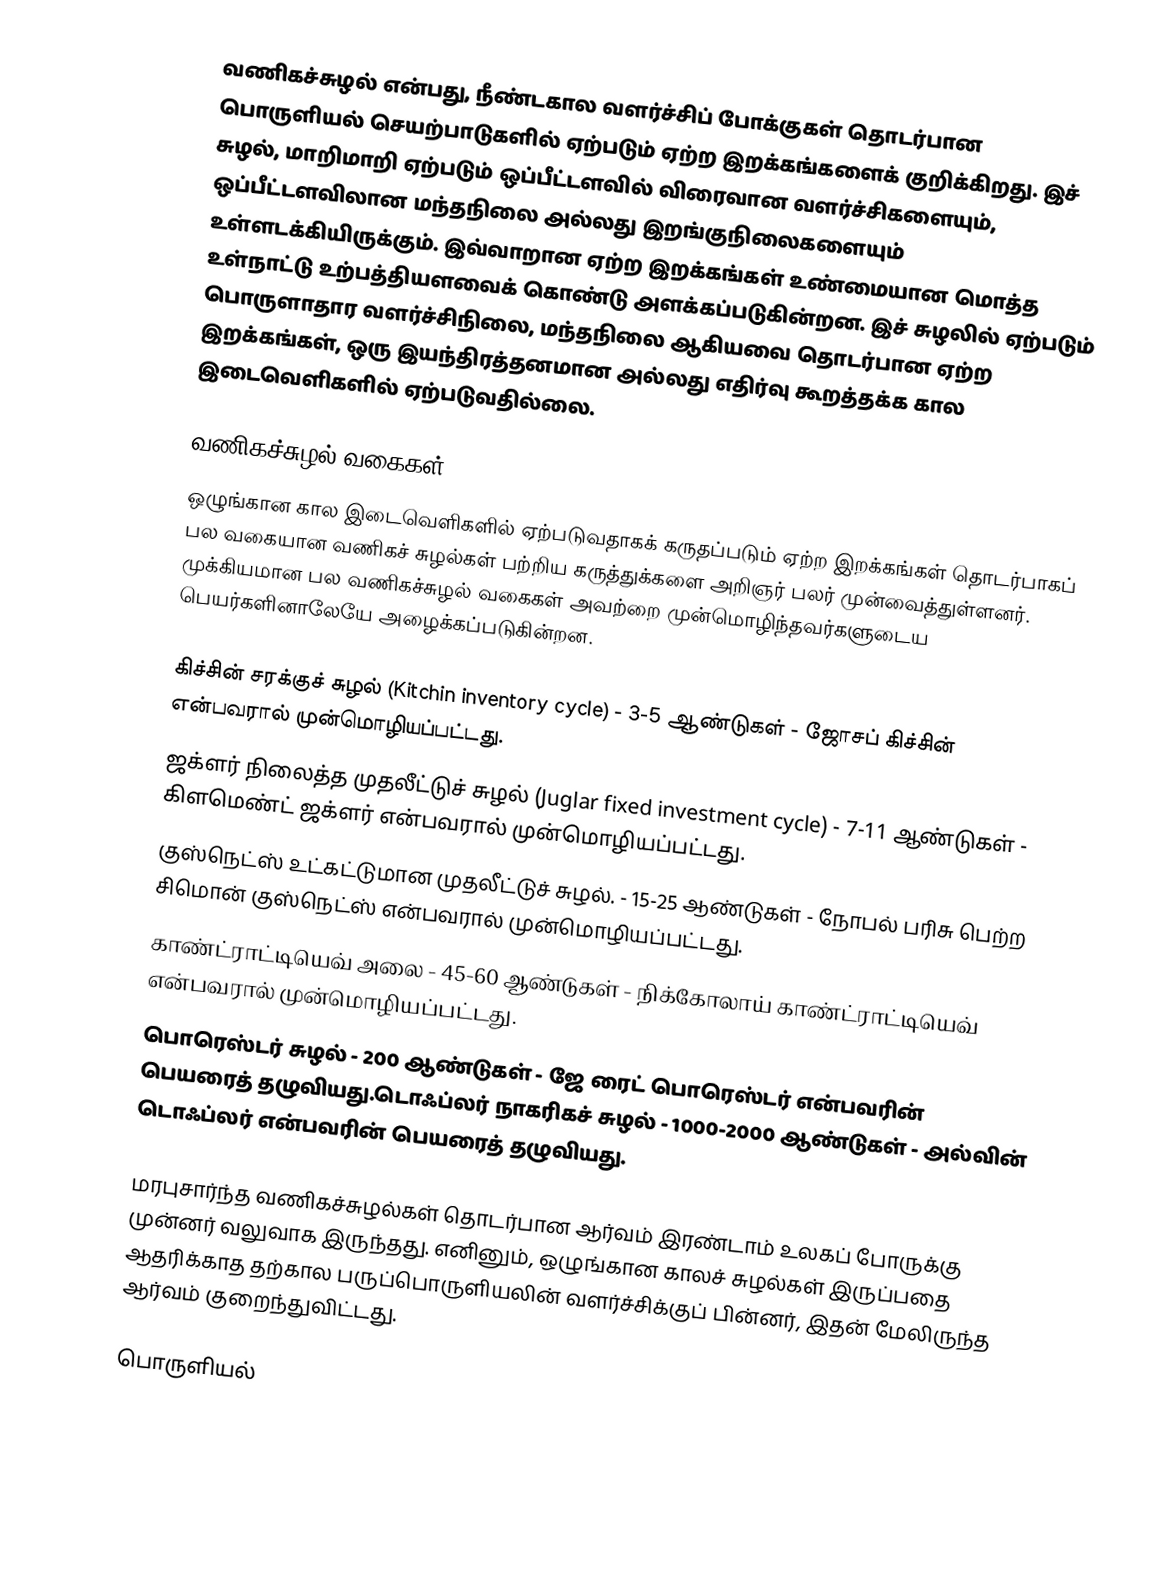
வணிகச்சுழல் என்பது, நீண்டகால வளர்ச்சிப் போக்குகள் தொடர்பான பொருளியல் செயற்பாடுகளில் ஏற்படும் ஏற்ற இறக்கங்களைக் குறிக்கிறது. இச் சுழல், மாறிமாறி ஏற்படும் ஒப்பீட்டளவில் விரைவான வளர்ச்சிகளையும், ஒப்பீட்டளவிலான மந்தநிலை அல்லது இறங்குநிலைகளையும் உள்ளடக்கியிருக்கும். இவ்வாறான ஏற்ற இறக்கங்கள் உண்மையான மொத்த உள்நாட்டு உற்பத்தியளவைக் கொண்டு அளக்கப்படுகின்றன. இச் சுழலில் ஏற்படும் பொருளாதார வளர்ச்சிநிலை, மந்தநிலை ஆகியவை தொடர்பான ஏற்ற இறக்கங்கள், ஒரு இயந்திரத்தனமான அல்லது எதிர்வு கூறத்தக்க கால இடைவெளிகளில் ஏற்படுவதில்லை.

வணிகச்சுழல் வகைகள்
ஒழுங்கான கால இடைவெளிகளில் ஏற்படுவதாகக் கருதப்படும் ஏற்ற இறக்கங்கள் தொடர்பாகப் பல வகையான வணிகச் சுழல்கள் பற்றிய கருத்துக்களை அறிஞர் பலர் முன்வைத்துள்ளனர். முக்கியமான பல வணிகச்சுழல் வகைகள் அவற்றை முன்மொழிந்தவர்களுடைய பெயர்களினாலேயே அழைக்கப்படுகின்றன.

 கிச்சின் சரக்குச் சுழல் (Kitchin inventory cycle) - 3-5 ஆண்டுகள் - ஜோசப் கிச்சின் என்பவரால் முன்மொழியப்பட்டது.
 ஜக்ளர் நிலைத்த முதலீட்டுச் சுழல் (Juglar fixed investment cycle) - 7-11 ஆண்டுகள் - கிளமெண்ட் ஜக்ளர் என்பவரால் முன்மொழியப்பட்டது.
 குஸ்நெட்ஸ் உட்கட்டுமான முதலீட்டுச் சுழல். - 15-25 ஆண்டுகள் - நோபல் பரிசு பெற்ற சிமொன் குஸ்நெட்ஸ் என்பவரால் முன்மொழியப்பட்டது.
 காண்ட்ராட்டியெவ் அலை - 45-60 ஆண்டுகள் - நிக்கோலாய் காண்ட்ராட்டியெவ் என்பவரால் முன்மொழியப்பட்டது.
 பொரெஸ்டர் சுழல் - 200 ஆண்டுகள் - ஜே ரைட் பொரெஸ்டர் என்பவரின் பெயரைத் தழுவியது.டொஃப்லர் நாகரிகச் சுழல் - 1000-2000 ஆண்டுகள் - அல்வின் டொஃப்லர் என்பவரின் பெயரைத் தழுவியது.

மரபுசார்ந்த வணிகச்சுழல்கள் தொடர்பான ஆர்வம் இரண்டாம் உலகப் போருக்கு முன்னர் வலுவாக இருந்தது. எனினும், ஒழுங்கான காலச் சுழல்கள் இருப்பதை ஆதரிக்காத தற்கால பருப்பொருளியலின் வளர்ச்சிக்குப் பின்னர், இதன் மேலிருந்த ஆர்வம் குறைந்துவிட்டது.

பொருளியல்